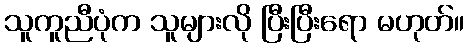
သူကူညီပုံက သူများလို ပြီးပြီးရော မဟုတ်။